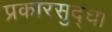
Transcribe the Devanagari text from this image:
प्रकारसुद्घा